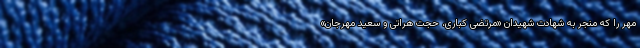
مهر را که منجر به شهادت شهیدان «مرتضی کباری، حجت هراتی و سعید مهرجان»